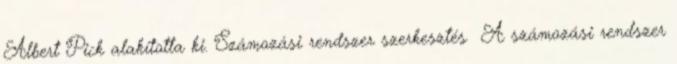
Albert Pick alakította ki. Számozási rendszer szerkesztés A számozási rendszer